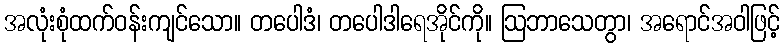
အလုံးစုံထက်ဝန်းကျင်သော။ တပေါဒံ၊ တပေါဒါရေအိုင်ကို။ ဩဘာသေတွာ၊ အရောင်အဝါဖြင့်